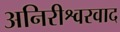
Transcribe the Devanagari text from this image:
अनिरीश्वरवाद